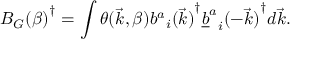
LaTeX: { B _ { G } ( \beta ) } ^ { \dagger } = \int \theta ( \vec { k } , \beta ) { { b ^ { a } } _ { i } ( \vec { k } ) } ^ { \dagger } { { { \underline { { b } } } ^ { a } } _ { i } ( - \vec { k } ) } ^ { \dagger } d \vec { k } .